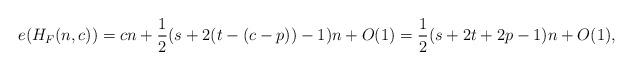
LaTeX: \begin{align*}e(H_F(n,c)) = cn + \frac{1}{2}(s+2(t-(c-p))-1)n+O(1) = \frac{1}{2}(s+2t+2p-1)n+O(1),\end{align*}